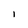
Character: I